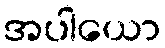
အပါယော